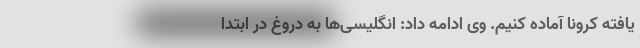
یافته کرونا آماده کنیم. وی ادامه داد: انگلیسی‌ها به دروغ در ابتدا